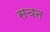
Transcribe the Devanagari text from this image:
सचन